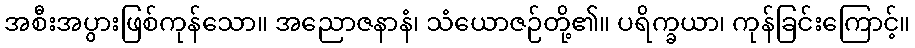
အစီးအပွားဖြစ်ကုန်သော။ အညောဇနာနံ၊ သံယောဇဉ်တို့၏။ ပရိက္ခယာ၊ ကုန်ခြင်းကြောင့်။